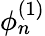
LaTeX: \phi_{n}^{(1)}